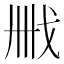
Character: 𢦫